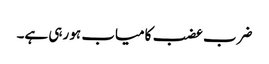
ضرب عضب کامیاب ہو رہی ہے۔